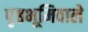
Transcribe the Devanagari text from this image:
पृष्ठभूमिवाले